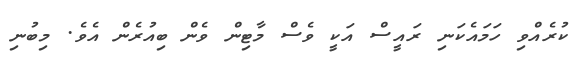
ކުރެއްވި ހަމައެކަނި ރައީސް އަކީ ވެސް މާޓިން ވެން ބިއުރެން އެވެ. މިބުނި